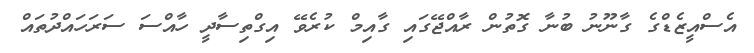
އެސްއީޒެޑްގެ ގާނޫނު ބުނާ ގޮތުން ރާއްޖޭގައި ގާއިމް ކުރެވޭ އިގްތިސާދީ ހާއްސަ ސަރަހައްދުތައް